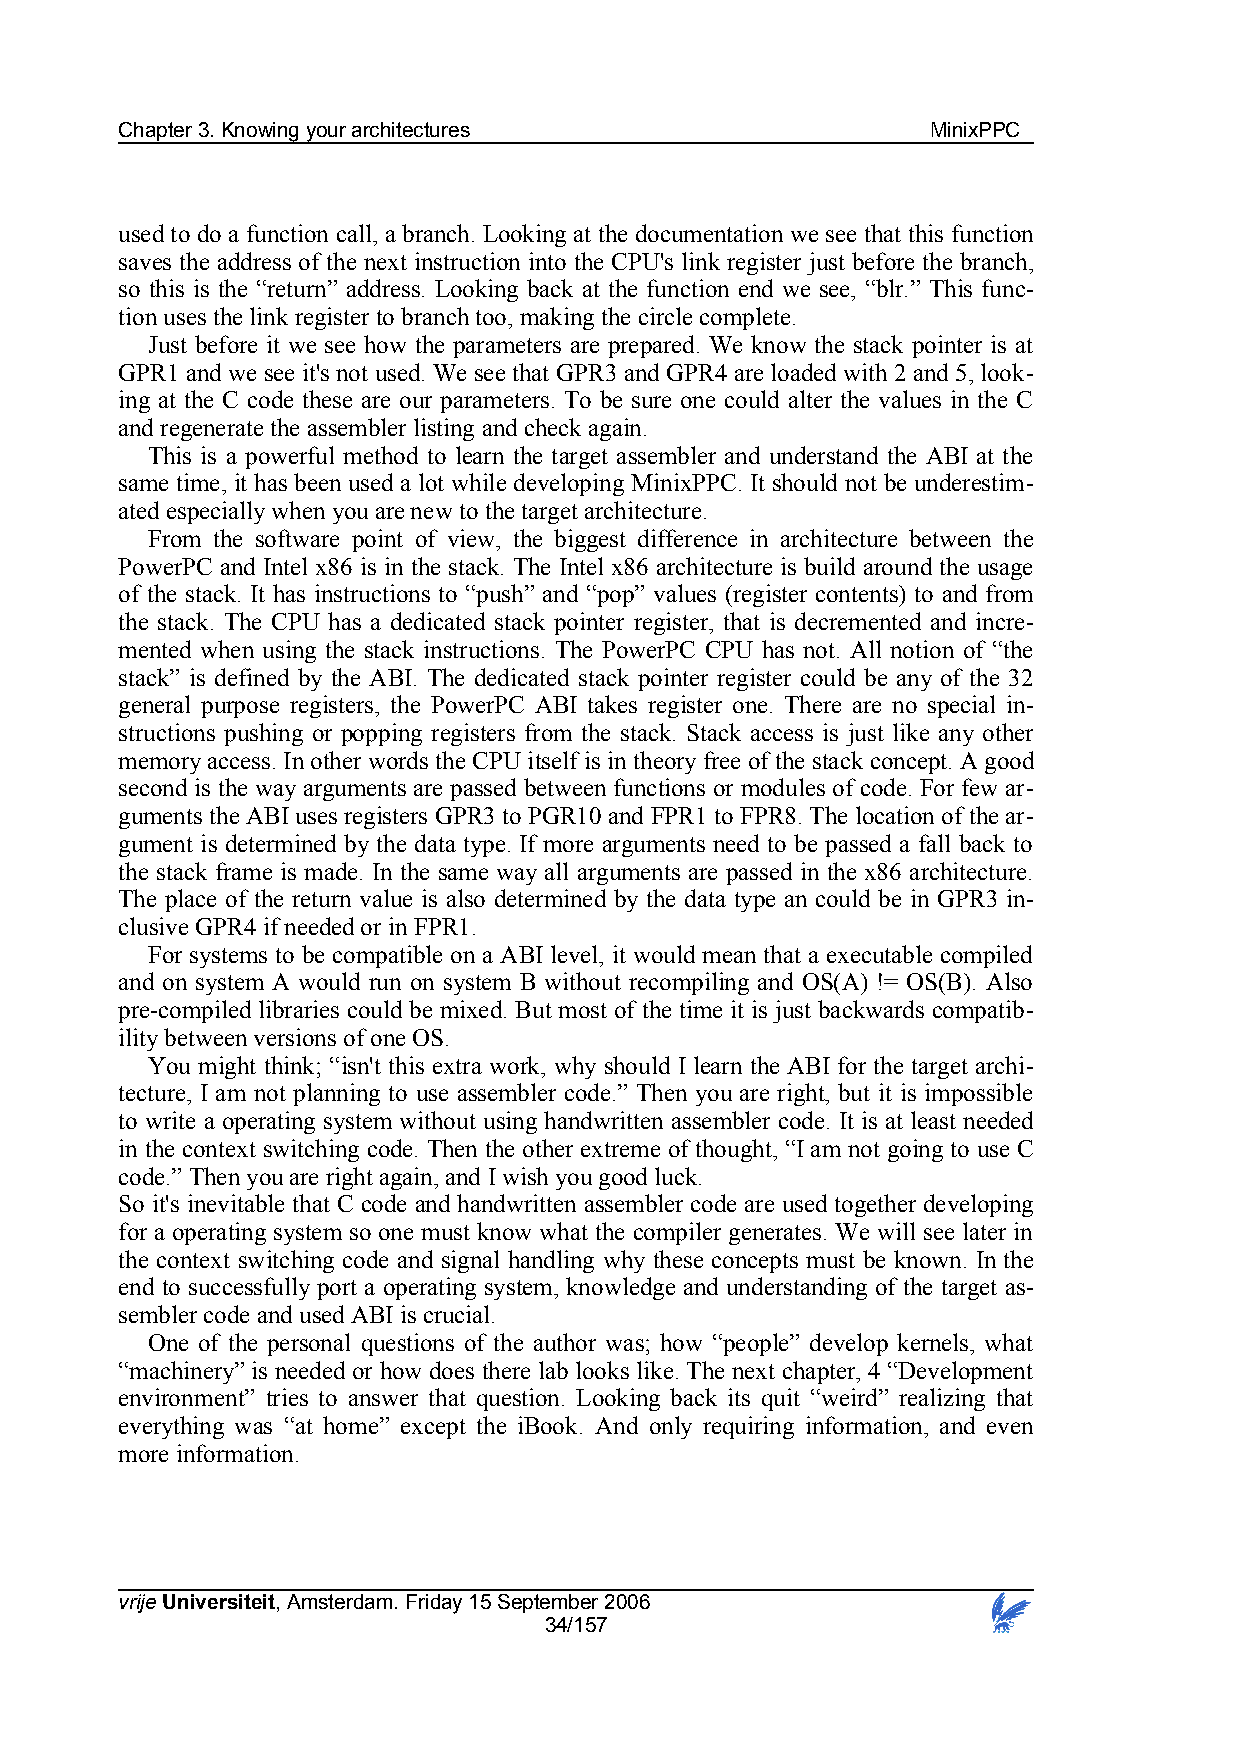
Chapter 3. Knowing your architectures                 MinixPPC
 used to do a function call, a branch. Looking at the documentation we see that this function
 saves the address of the next instruction into the CPU's link register just before the branch,
 so this is the “return” address. Looking back at the function end we see, “blr.” This func-
 tion uses the link register to branch too, making the circle complete.
 Just before it we see how the parameters are prepared. We know the stack pointer is at
 GPR1 and we see it's not used. We see that GPR3 and GPR4 are loaded with 2 and 5, look-
 ing at the C code these are our parameters. To be sure one could alter the values in the C
 and regenerate the assembler listing and check again.
 This is a powerful method to learn the target assembler and understand the ABI at the
 same time, it has been used a lot while developing MinixPPC. It should not be underestim-
 ated especially when you are new to the target architecture.
 From the software point of view, the biggest difference in architecture between the
 PowerPC and Intel x86 is in the stack. The Intel x86 architecture is build around the usage
 of the stack. It has instructions to “push” and “pop” values (register contents) to and from
 the stack. The CPU has a dedicated stack pointer register, that is decremented and incre-
 mented when using the stack instructions. The PowerPC CPU has not. All notion of “the
 stack” is defined by the ABI. The dedicated stack pointer register could be any of the 32
 general purpose registers, the PowerPC ABI takes register one. There are no special in-
 structions pushing or popping registers from the stack. Stack access is just like any other
 memory access. In other words the CPU itself is in theory free of the stack concept. A good
 second is the way arguments are passed between functions or modules of code. For few ar-
 guments the ABI uses registers GPR3 to PGR10 and FPR1 to FPR8. The location of the ar-
 gument is determined by the data type. If more arguments need to be passed a fall back to
 the stack frame is made. In the same way all arguments are passed in the x86 architecture.
 The place of the return value is also determined by the data type an could be in GPR3 in-
 clusive GPR4 if needed or in FPR1.
 For systems to be compatible on a ABI level, it would mean that a executable compiled
 and on system A would run on system B without recompiling and OS(A) != OS(B). Also
 pre-compiled libraries could be mixed. But most of the time it is just backwards compatib-
 ility between versions of one OS.
 You might think; “isn't this extra work, why should I learn the ABI for the target archi-
 tecture, I am not planning to use assembler code.” Then you are right, but it is impossible
 to write a operating system without using handwritten assembler code. It is at least needed
 in the context switching code. Then the other extreme of thought, “I am not going to use C
 code.” Then you are right again, and I wish you good luck.
 So it's inevitable that C code and handwritten assembler code are used together developing
 for a operating system so one must know what the compiler generates. We will see later in
 the context switching code and signal handling why these concepts must be known. In the
 end to successfully port a operating system, knowledge and understanding of the target as-
 sembler code and used ABI is crucial.
 One of the personal questions of the author was; how “people” develop kernels, what
 “machinery” is needed or how does there lab looks like. The next chapter, 4 “Development
 environment” tries to answer that question. Looking back its quit “weird” realizing that
 everything was “at home” except the iBook. And only requiring information, and even
 more information.
 vrije Universiteit, Amsterdam. Friday 15 September 2006
 34/157